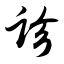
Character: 诊